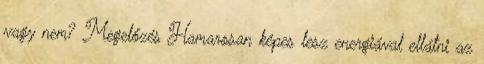
vagy nem? Megelőzés Hamarosan képes lesz energiával ellátni az